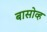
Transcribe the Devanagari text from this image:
बासोव्ह